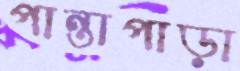
পান্তাপাড়া